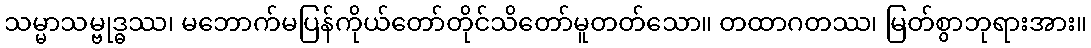
သမ္မာသမ္ဗုဒ္ဓဿ၊ မဘောက်မပြန်ကိုယ်တော်တိုင်သိတော်မူတတ်သော။ တထာဂတဿ၊ မြတ်စွာဘုရားအား။